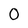
Character: 0